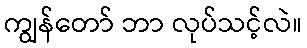
ကျွန်တော် ဘာ လုပ်သင့်လဲ။